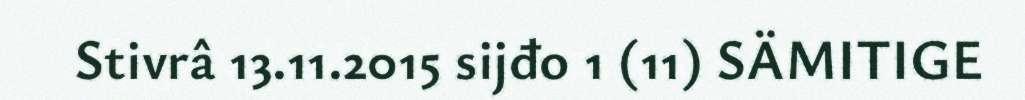
Stivrâ 13.11.2015 sijđo 1 (11) SÄMITIGE